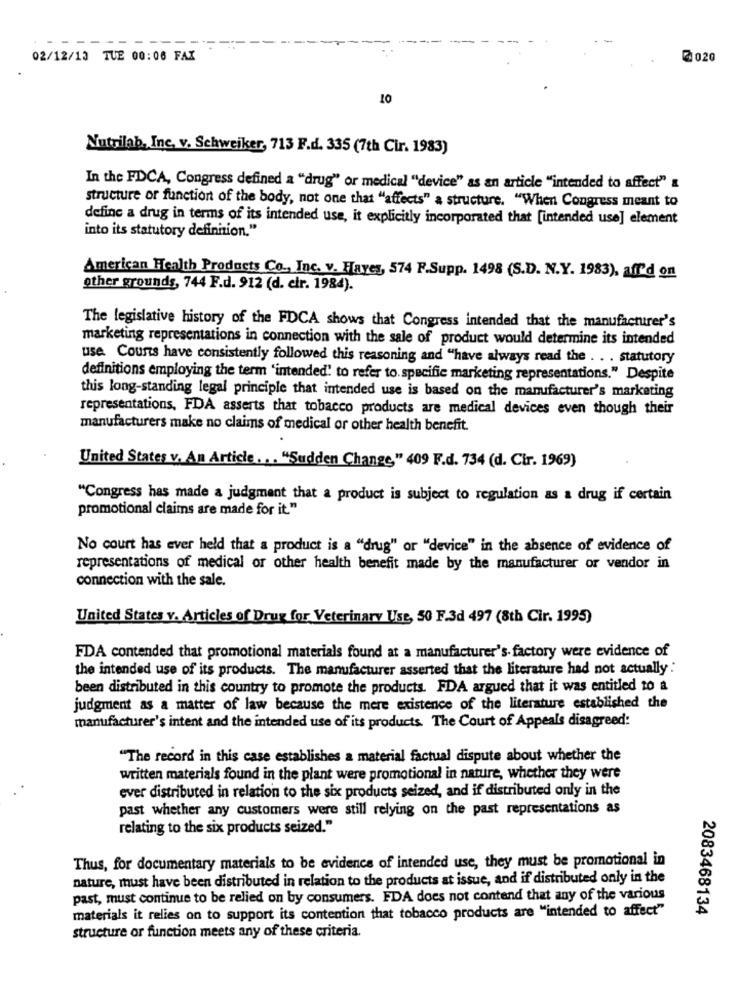
------ ----
02/12/13 TUE 00:06 FAX
2020
10
Nutrilab, Inc. v. Schweiker, 713 F.d. 335 (7th Cir. 1983)
In the FDCA, Congress defined a "drug" or medical "'device" as an article "intended to affect" a
structure or function of the body, not one that "affects" a structure. "When Congress meant to
define a drug in terms of its intended use, it explicitly incorporated that [intended use] element
into its statutory definition."
American Health Products Co ., Inc. v. Haves, 574 F.Supp. 1498 (S.D. N.Y. 1983), aff'd on
other grounds, 744 F.d. 912 (d. cir. 1984).
The legislative history of the FDCA shows that Congress intended that the manufacturer's
marketing representations in connection with the sale of product would determine its intended
use. Courts have consistently followed this reasoning and "have always read the . . . statutory
definitions employing the term 'intended' to refer to specific marketing representations." Despite
this long-standing legal principle that intended use is based on the manufacturer's marketing
representations, FDA asserts that tobacco products are medical devices even though their
manufacturers make no claims of medical or other health benefit.
United States v. An Article. .. "Sudden Change" 409 F.d. 734 (d. Cir. 1969)
"Congress has made a judgment that a product is subject to regulation as a drug if certain
promotional claims are made for it."
No court has ever held that a product is a "drug" or "device" in the absence of evidence of
representations of medical or other health benefit made by the manufacturer or vendor in
connection with the sale.
United States v. Articles of Drug for Veterinary Use, 50 F.3d 497 (8th Cir. 1995)
FDA contended that promotional materials found at a manufacturer's- factory were evidence of
the intended use of its products. The manufacturer asserted that the literature had not actually :
been distributed in this country to promote the products. FDA argued that it was entitled to a
judgment as a matter of law because the mere existence of the literature established the
manufacturer's intent and the intended use of its products. The Court of Appeals disagreed:
"The record in this case establishes a material factual dispute about whether the
written materials found in the plant were promotional in nature, whether they were
ever distributed in relation to the six products seized, and if distributed only in the
past whether any customers were still relying on the past representations as
relating to the six products seized."
Thus, for documentary materials to be evidence of intended use, they must be promotional in
nature, must have been distributed in relation to the products at issue, and if distributed only in the
past, must continue to be relied on by consumers. FDA does not contend that any of the various
materials it relies on to support its contention that tobacco products are "intended to affect"
2083468134
structure or function meets any of these criteria.